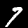
Label: 7